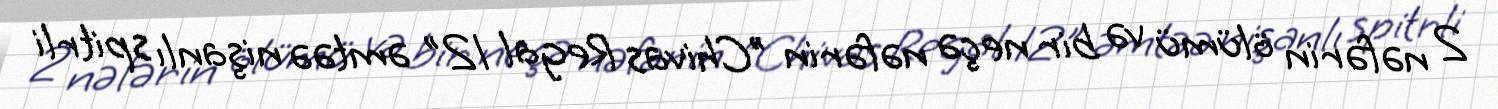
2 nəfərin ölümü və bir neçə nəfərin "Chivas Regal 12" əmtəə nişanlı spitrli